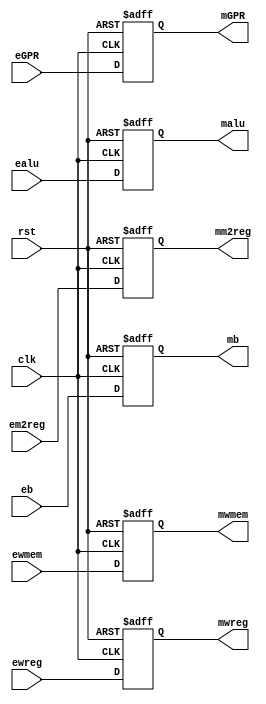
module EM(clk,rst,ewreg,em2reg,ewmem,ealu,eb,eGPR,mwreg,mm2reg,mwmem,malu,mb,mGPR);

input clk,rst,ewreg,em2reg,ewmem;
input [31:0] ealu,eb;
input [4:0] eGPR;

output mwreg,mm2reg,mwmem;
output [31:0] malu,mb;
output [4:0] mGPR;

reg mwreg,mm2reg,mwmem;
reg [31:0] malu,mb;
reg [4:0] mGPR;

always @(negedge rst or posedge clk) begin
if(rst==0)
begin
mwreg<=0; mm2reg<=0;
mwmem<=0; malu<=0;
mb<=0; mGPR<=0;
end
else
begin
mwreg<=ewreg; mm2reg<=em2reg;
mwmem<=ewmem; malu<=ealu;
mb<=eb; mGPR<=eGPR;
end
 end  //end always

endmodule